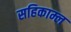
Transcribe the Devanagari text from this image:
सहिकाम्ल